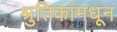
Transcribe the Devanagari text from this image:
श्रुतिकांमधून